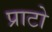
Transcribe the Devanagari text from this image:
प्राटो